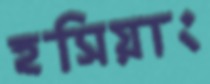
হসিয়াং